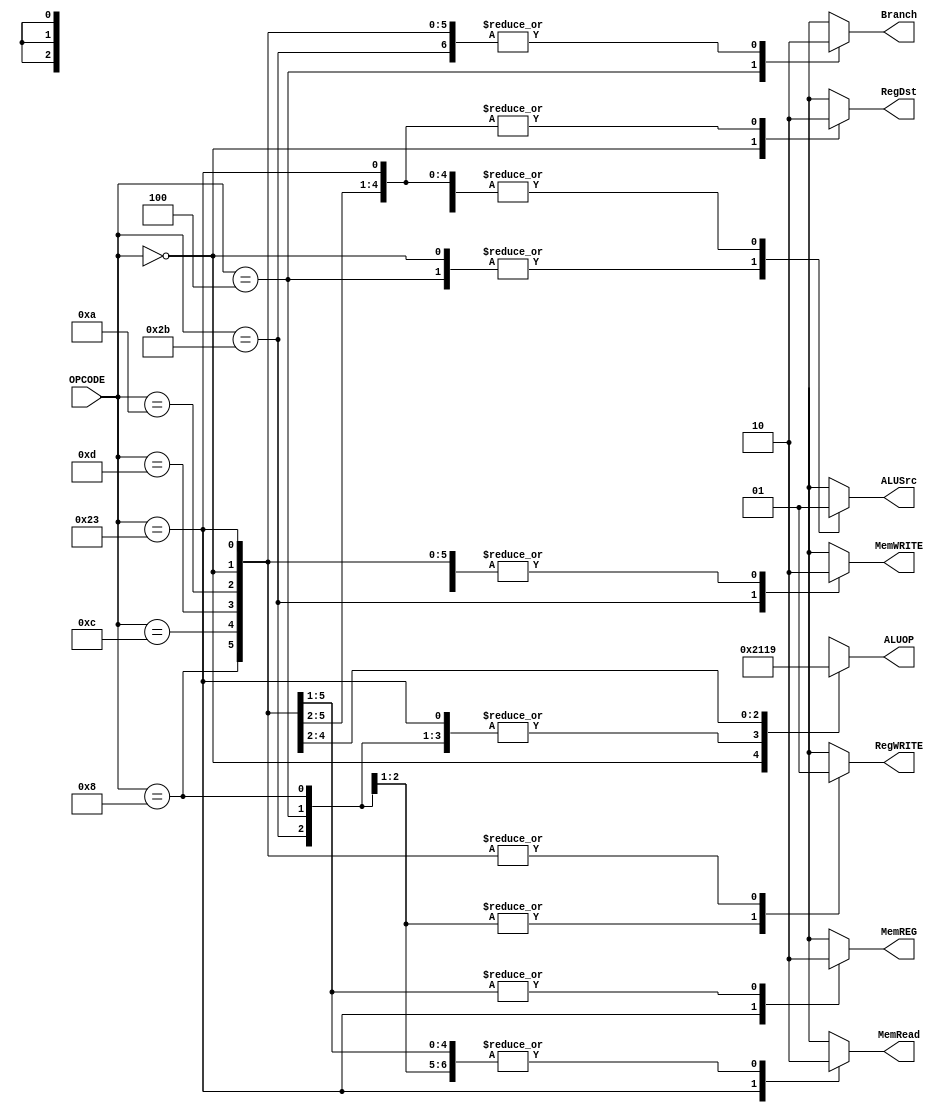
`timescale 1ns/1ns

module unit_control(
	input[5:0] OPCODE,
	output reg MemREG, RegWRITE, MemWRITE,
	output reg Branch, MemRead, ALUSrc, RegDst,
	output reg [2:0] ALUOP
);

	always @* begin
		case (OPCODE)
			6'b000000: begin //TIPO R
				MemREG = 0;
				RegWRITE = 1;
				MemWRITE = 0;
				Branch = 0;
				MemRead = 0;
				ALUSrc = 0; 
				RegDst = 1;
				ALUOP = 3'b010; 
			end
			6'b100011: begin //lw
				MemREG = 1;
				RegWRITE = 1;
				MemWRITE = 0;
				Branch = 0;
				MemRead = 1;
				ALUSrc = 1;
				RegDst = 0;
				ALUOP = 3'b000;
			end
			6'b101011: begin //sw
				MemREG = 1'bx;
				RegWRITE = 0;
				MemWRITE = 1;
				Branch = 0;
				MemRead = 0;
				ALUSrc = 1;
				RegDst = 1'bx;
				ALUOP = 3'b000;
			end	
			6'b000100: begin //beq
				MemREG = 1'bx;
				RegWRITE = 0;
				MemWRITE = 0;
				Branch = 1;
				MemRead = 0;
				ALUSrc = 0;
				RegDst = 1'bx;
				ALUOP = 3'b000;
			end
			6'b001000: begin //ADDI
				MemREG = 0;
				RegWRITE = 1;
				MemWRITE = 0;
				Branch = 0;
				MemRead = 0;
				ALUSrc = 1; //1 TIPO I
				RegDst = 0;
				ALUOP = 3'b000; //dependende de cada op
			end
			6'b001100: begin //ANDI
				MemREG = 0;
				RegWRITE = 1;
				MemWRITE = 0;
				Branch = 0;
				MemRead = 0;
				ALUSrc = 1; //1 TIPO I
				RegDst = 0;
				ALUOP = 3'b100; //dependende de cada op
			end
			6'b001101: begin //ORI
				MemREG = 0;
				RegWRITE = 1;
				MemWRITE = 0;
				Branch = 0;
				MemRead = 0;
				ALUSrc = 1; //1 TIPO I
				RegDst = 0;
				ALUOP = 3'b011; //dependende de cada op
			end
			6'b001010: begin //SLTI
				MemREG = 0;
				RegWRITE = 1;
				MemWRITE = 0;
				Branch = 0;
				MemRead = 0;
				ALUSrc = 1; //1 TIPO I
				RegDst = 0;
				ALUOP = 3'b001; //dependende de cada op
			end
			default:
			begin
				MemREG = 1'bx;
				RegWRITE = 1'bx;
				MemWRITE = 1'bx;
				Branch = 1'bx;
				MemRead = 1'bx;
				ALUSrc = 1'bx;
				RegDst = 1'bx;
				ALUOP = 3'bx;
			end
		endcase
	end

endmodule